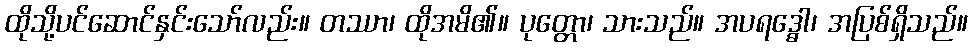
ထိုသို့ပင်ဆောင်နှင်းသော်လည်း။ တဿာ၊ ထိုအမိ၏။ ပုတ္တော၊ သားသည်။ အပရဒ္ဓေါ၊ အပြစ်ရှိသည်။